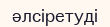
әлсіретуді